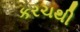
કરચથી